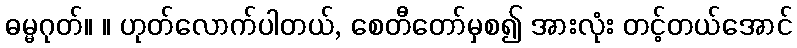
ဓမ္မဂုတ်။ ။ ဟုတ်လောက်ပါတယ်, စေတီတော်မှစ၍ အားလုံး တင့်တယ်အောင်